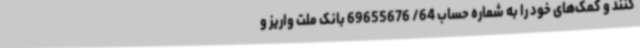
کنند و کمک‌های خود را به شماره حساب 64/ 69655676 بانک ملت واریز و